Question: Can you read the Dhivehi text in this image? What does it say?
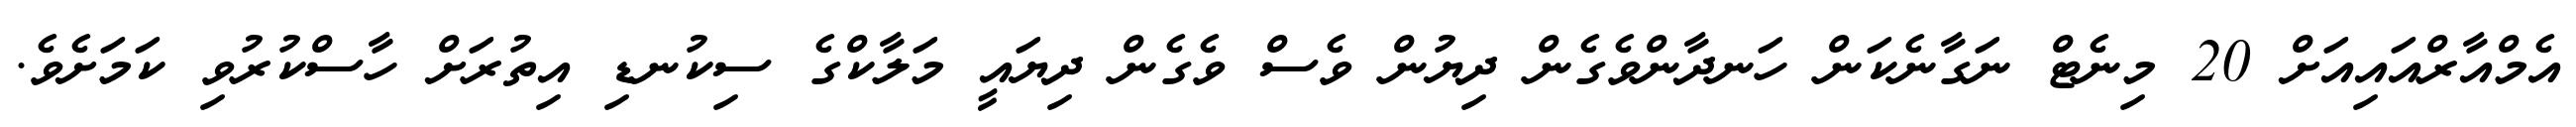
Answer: އެމްއާރްއައިއަށް 20 މިނެޓް ނަގާނެކަން ހަނދާންވެގެން ދިޔުން ވެސް ވެގެން ދިޔައީ މަލާކްގެ ސިކުނޑި އިތުރަށް ހާސްކުރުވި ކަމަށެވެ.